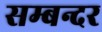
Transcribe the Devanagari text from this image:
सम्बन्दर